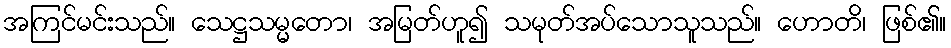
အကြင်မင်းသည်။ သေဋ္ဌသမ္မတော၊ အမြတ်ဟူ၍ သမုတ်အပ်သောသူသည်။ ဟောတိ၊ ဖြစ်၏။